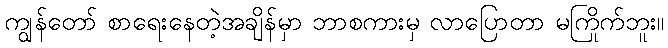
ကျွန်တော် စာရေးနေတဲ့အချိန်မှာ ဘာစကားမှ လာပြောတာ မကြိုက်ဘူး။